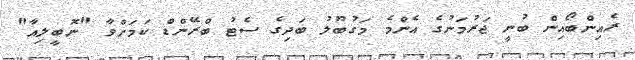
ރެއިންބޯއިން ބުނީ ޖަރުމަނުގެ އެންމެ މަގުބޫލު ބަދިގެ ސެޓު ބްރޭންޑް ކަމަށްވާ "ނޮބީލިއާ"